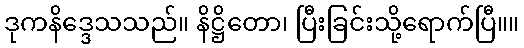
ဒုကနိဒ္ဒေသသည်။ နိဋ္ဌိတော၊ ပြီးခြင်းသို့ရောက်ပြီ။။